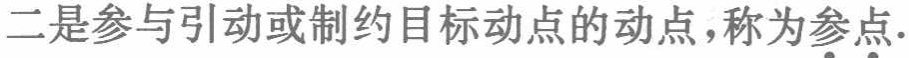
二是参与引动或制约目标动点的动点，称为\(参点\).